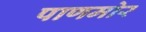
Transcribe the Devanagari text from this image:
पाणमोर